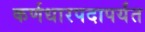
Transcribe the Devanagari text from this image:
कर्णधारपदापर्यंत